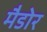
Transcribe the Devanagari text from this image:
मैडोर